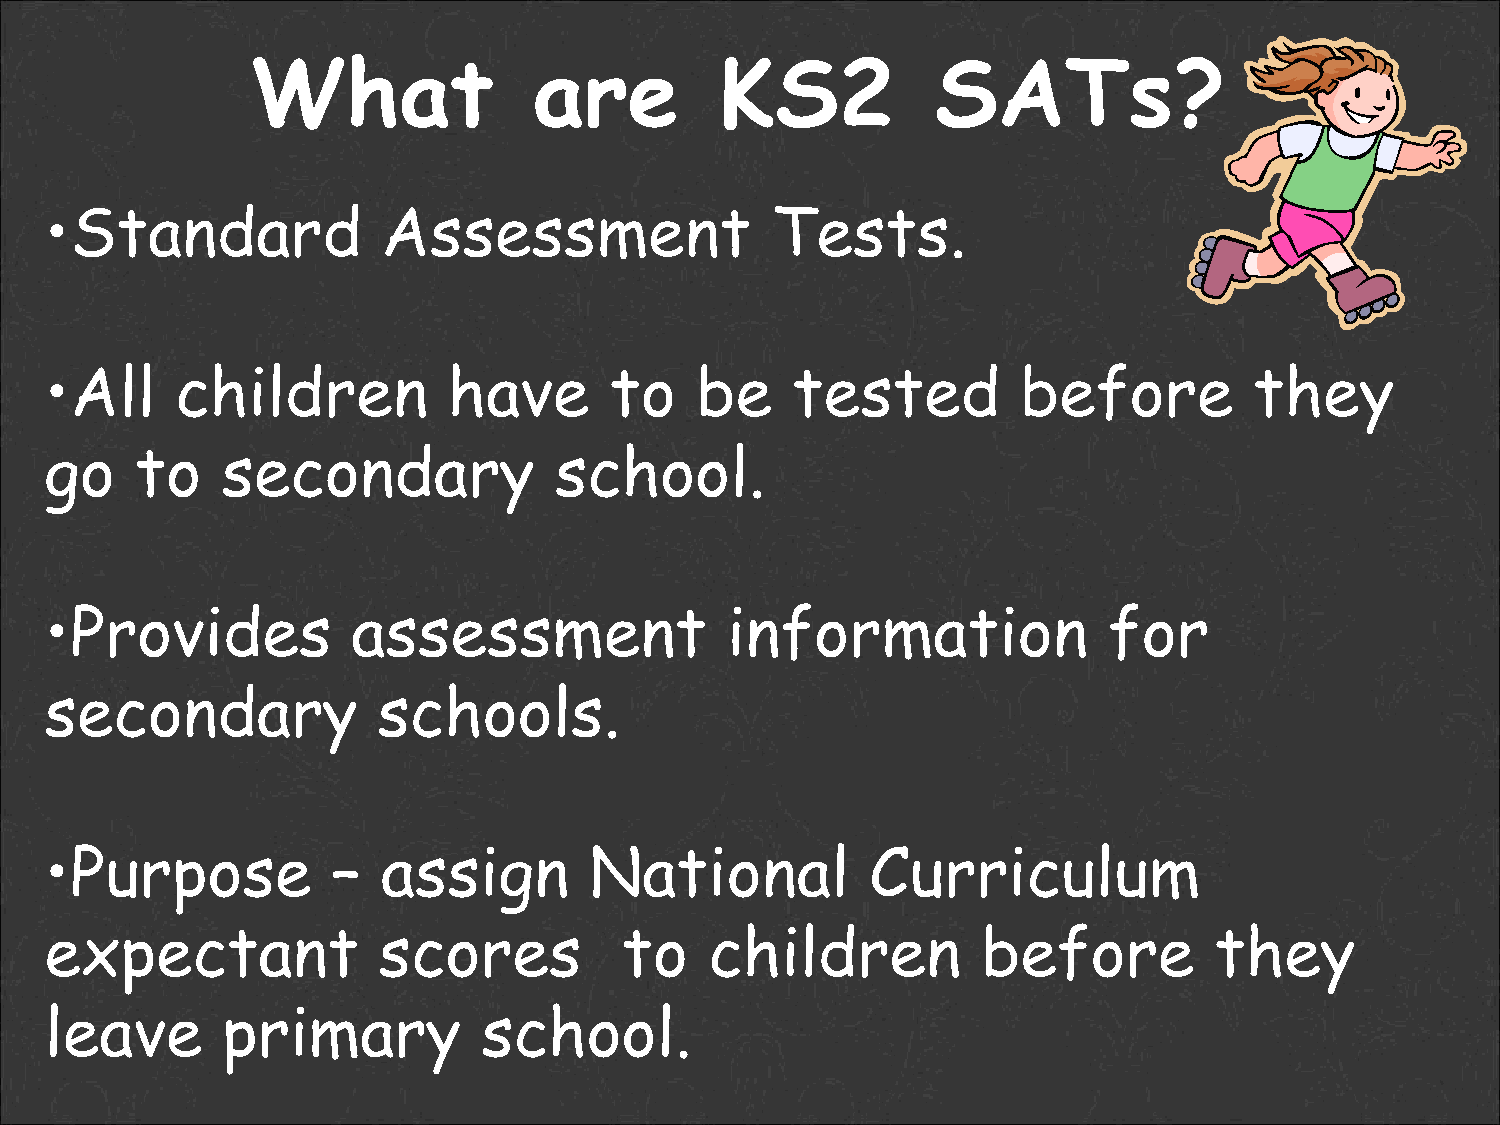
What              are          KS2           SATs?
 •Standard             Assessment                Tests.
 •All     children          have      to    be    tested          before         they
 go    to    secondary             school.
 •Provides           assessment               information              for
 secondary             schools.
 •Purpose           –  assign        National           Curriculum
 expectant             scores          to    children          before         they
 leave       primary          school.